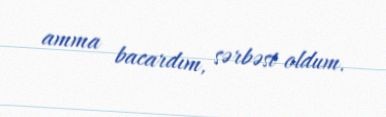
amma bacardım, sərbəst oldum.